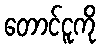
တောင်ငူကို